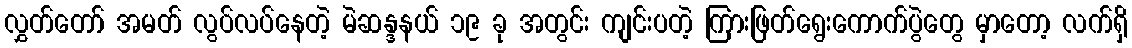
လွှတ်တော် အမတ် လွပ်လပ်နေတဲ့ မဲဆန္ဒနယ် ၁၉ ခု အတွင်း ကျင်းပတဲ့ ကြားဖြတ်ရွေးကောက်ပွဲတွေ မှာတော့ လက်ရှိ